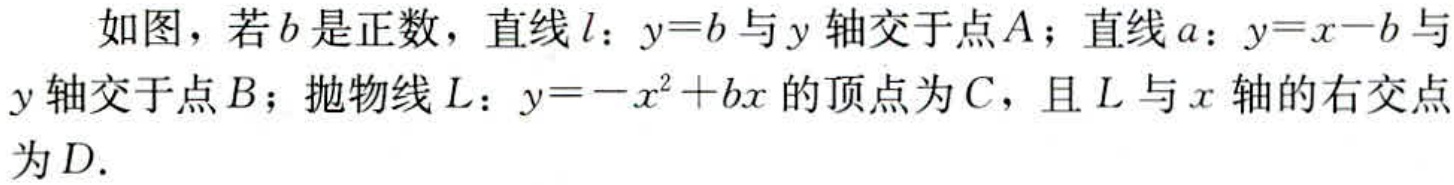
如图，若\(b\)是正数，直线\(l\)：\(y = b\)与\(y\)轴交于点\(A\)；直线\(a\)：\(y = x - b\)与\(y\)轴交于点\(B\)；抛物线\(L\)：\(y=-x^{2}+bx\)的顶点为\(C\)，且\(L\)与\(x\)轴的右交点为\(D\).